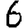
Digit: 6